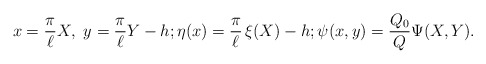
\begin{align*}x = \frac{\pi}{\ell} X ,\ y = \frac{\pi}{\ell} Y - h ; \eta (x) = \frac{\pi}{\ell} \, \xi (X) - h ; \psi (x,y) = \frac{Q_0}{Q} \Psi (X,Y) . \end{align*}